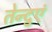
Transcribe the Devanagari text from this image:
तेन्दुएं